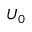
U _ { 0 }